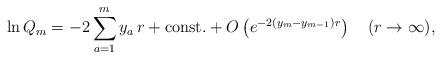
LaTeX: \begin{align*}\ln Q_m = -2\sum_{a=1}^{m}y_a\,r + \mbox{const.}+ O\left(e^{-2(y_{m}-y_{m-1})r}\right)\quad(r\to\infty) ,\end{align*}